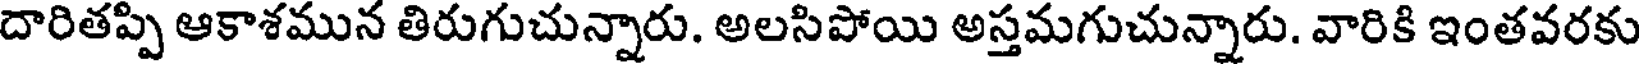
దారితప్పి ఆకాశమున తిరుగుచున్నారు. అలసిపోయి అస్తమగుచున్నారు. వారికి ఇంతవరకు